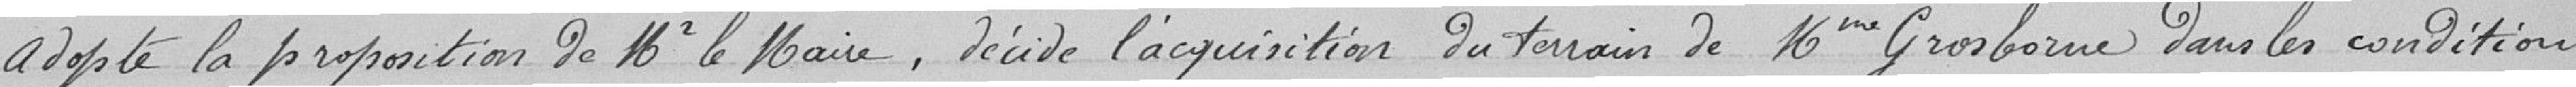
Adopte la proposition de Mr le Maire, décide l'acquisition du terrain de Mr Grosborne dans les conditions